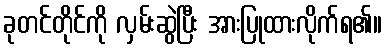
ခုတင်တိုင်ကို လှမ်းဆွဲပြီး အားပြုထားလိုက်ရ၏။